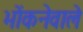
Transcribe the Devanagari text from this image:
भोंकनेवाले